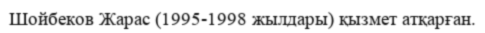
Шойбеков Жарас (1995-1998 жылдары) қызмет атқарған.